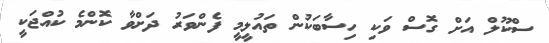
ސްކޫލް އަށް ގޮސް ވަކި ހިސާބަކުން ތައުލީމީ ފެންވަރު ދަށްވާ ކޮންމެ ކުއްޖަކީ